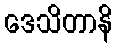
ဒေသိတာနိ